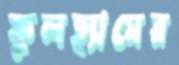
ফুলহ্যামের